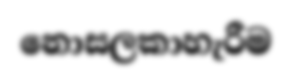
නොසලකාහැරීම